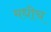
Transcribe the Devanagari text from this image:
मधीच